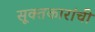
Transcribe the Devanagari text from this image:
सूक्तकारांची